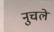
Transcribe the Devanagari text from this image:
नुचले